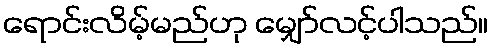
ရောင်းလိမ့်မည်ဟု မျှော်လင့်ပါသည်။